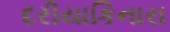
દરીયાકિનારા